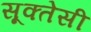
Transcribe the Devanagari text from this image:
सूक्तेसी